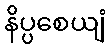
နိပ္ပစေယျံ